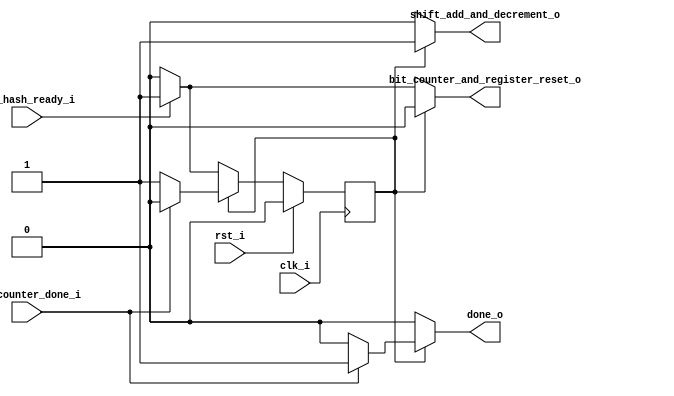
module hash_bits_off_state_machine (
  input clk_i,
  input rst_i,
  input new_hash_ready_i,
  input bit_counter_done_i,

  // Moore Outputs
  output reg shift_add_and_decrement_o,
  output reg done_o,

  // Mealy Outputs
  output reg bit_counter_and_register_reset_o
);

localparam  STATE_IDLE		= 0,
          STATE_ADDING		= 1;

reg state, nextstate;

// Mealy Outputs
always @(*) begin
bit_counter_and_register_reset_o = 1'b0;
  done_o = 1'b0;
  nextstate = state;

  if (state == STATE_IDLE) begin
    if (new_hash_ready_i) begin
      bit_counter_and_register_reset_o = 1'b1;
      nextstate = STATE_ADDING;
    end
  end else begin // state == STATE_ADDING
    if (bit_counter_done_i) begin
      done_o = 1'b1;
      nextstate = STATE_IDLE;
    end
  end
end

// Moore Outputs
always @(*) begin
  if (state == STATE_ADDING)
    shift_add_and_decrement_o = 1'b1;
  else
    shift_add_and_decrement_o = 1'b0;
end

always @(posedge clk_i) begin
  if (rst_i) begin
    state <= STATE_IDLE;
  end else begin
    state <= nextstate;
  end
end

endmodule